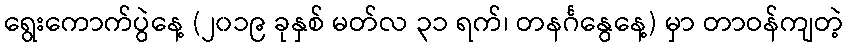
ရွေးကောက်ပွဲနေ့ (၂၀၁၉ ခုနှစ် မတ်လ ၃၁ ရက်၊ တနင်္ဂနွေနေ့) မှာ တာဝန်ကျတဲ့